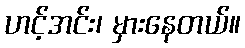
ဟင့်အင်း၊ မှားနေတယ်။